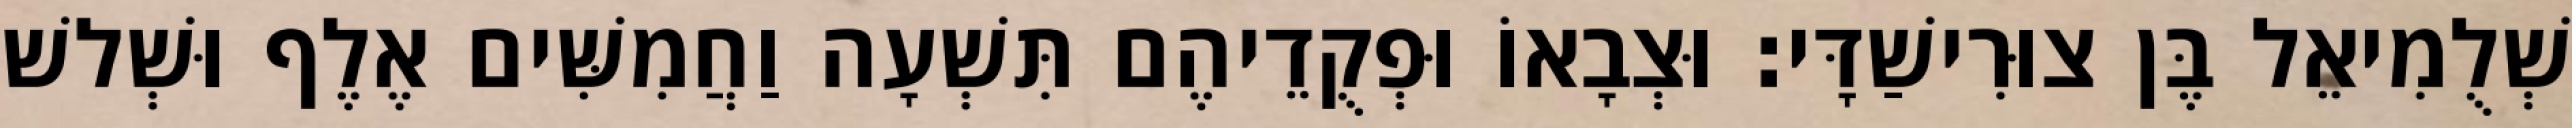
שְׁלֻמִיאֵל בֶּן צוּרִישַׁדָּי׃ וּצְבָאוֹ וּפְקֻדֵיהֶם תִּשְׁעָה וַחֲמִשִּׁים אֶלֶף וּשְׁלשׁ